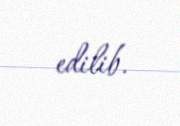
edilib.